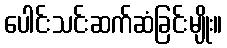
ပေါင်းသင်းဆက်ဆံခြင်းမျိုး။